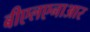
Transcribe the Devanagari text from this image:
बीएलएनाआर